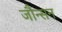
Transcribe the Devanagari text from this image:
जौन्सन